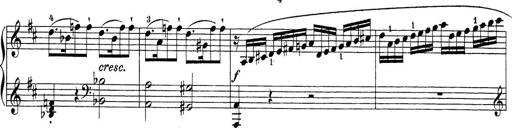
Title: Sonatina Album
Composer: Louis KÃ¶hler